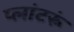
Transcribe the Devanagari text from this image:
प्लांटरूं